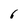
Character: 6